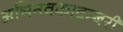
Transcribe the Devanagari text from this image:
अभिनवकादम्बरी